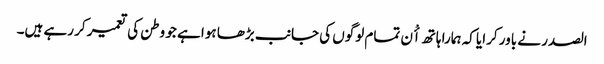
الصدر نے باور کرایا کہ ہمارا ہاتھ اٴْن تمام لوگوں کی جانب بڑھا ہوا ہے جو وطن کی تعمیر کر رہے ہیں۔